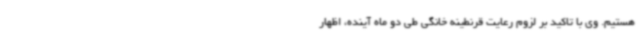
هستیم. وی با تاکید بر لزوم رعایت قرنطینه خانگی طی دو ماه آینده، اظهار